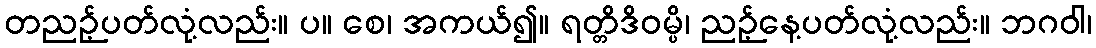
တညဉ့်ပတ်လုံ့လည်း။ ပ။ စေ၊ အကယ်၍။ ရတ္တိဒိဝမ္ပိ၊ ညဉ့်နေ့ပတ်လုံ့လည်း။ ဘဂဝါ၊